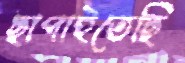
ছাপাইতেছি